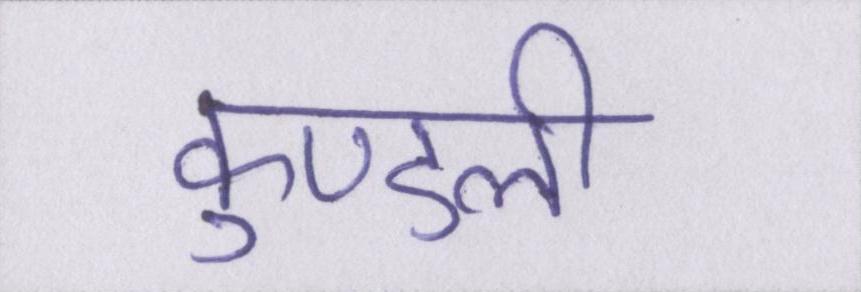
कुण्डली